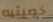
خصيتيه